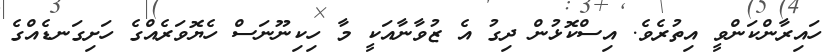
ހައިރާންކަންވީ އިތުރެވެ. އިސްކޮޅުން ދިގު އެ ޒުވާނާއަކީ މާ ހިކިނޫނަސް ހެޔޮވަރެއްގެ ހަށިގަނޑެއްގެ